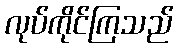
လုပ်ကိုင်ကြသည်